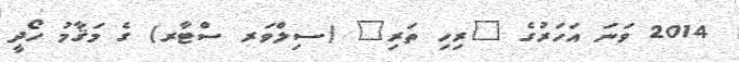
2014 ވަނަ އަހަރުގެ "ރިހި ތަރި" (ސިލްވަރ ސްޓާރ) ގެ މަޤާމު ހޯދީ